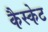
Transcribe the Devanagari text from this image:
कैस्केट